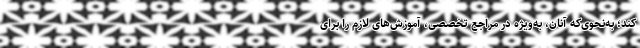
کند؛ به‌نحوی‌که آنان، به‌ویژه در مراجع تخصصی، آموزش‌های لازم را برای